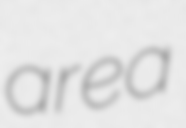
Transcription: area